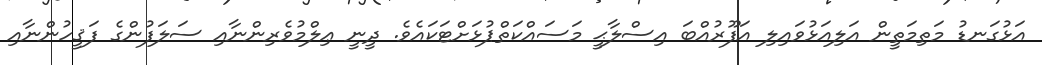
އަޅުގަނޑު މަތިމަތީން އަލިއަޅުވައިލި އަފޫރުއްބަ އިސްލާޙީ މަސައްކަތްޕުޅަށްޓަކައެވެ. ދީނީ ޢިލްމުވެރިންނާއި ސަލަފުންގެ ފަޤީހުންނާއި